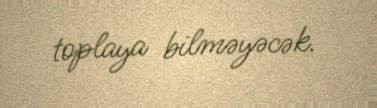
toplaya bilməyəcək.